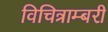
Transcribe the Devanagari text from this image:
विचित्राम्बरी